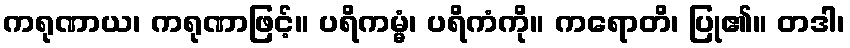
ကရုဏာယ၊ ကရုဏာဖြင့်။ ပရိကမ္မံ၊ ပရိကံကို။ ကရောတိ၊ ပြု၏။ တဒါ၊